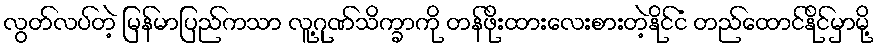
လွတ်လပ်တဲ့ မြန်မာပြည်ကသာ လူ့ဂုဏ်သိက္ခာကို တန်ဖိုးထားလေးစားတဲ့နိုင်ငံ တည်ထောင်နိုင်မှာမို့